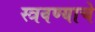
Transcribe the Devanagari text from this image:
स्त्रवण्याचे